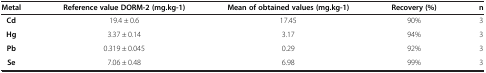
| Metal | Reference value DORM-2 (mg.kg-1) | Mean of obtained values (mg.kg-1) | Recovery (%) | n |
 | --- | --- | --- | --- | --- |
 | Cd | 19.4 ± 0.6 | 17.45 | 90% | 3 |
 | Hg | 3.37 ± 0.14 | 3.17 | 94% | 3 |
 | Pb | 0.319 ± 0.045 | 0.29 | 92% | 3 |
 | Se | 7.06 ± 0.48 | 6.98 | 99% | 3 |